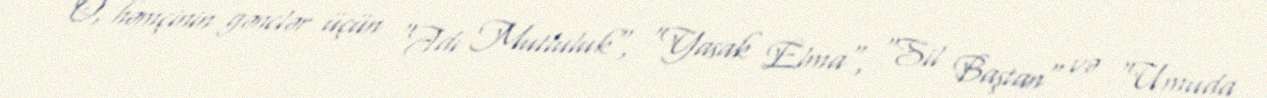
O, həmçinin gənclər üçün "Adı Mutluluk", "Yasak Elma", "Sil Baştan" və "Umuda